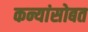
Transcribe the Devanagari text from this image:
कन्यांसोबत